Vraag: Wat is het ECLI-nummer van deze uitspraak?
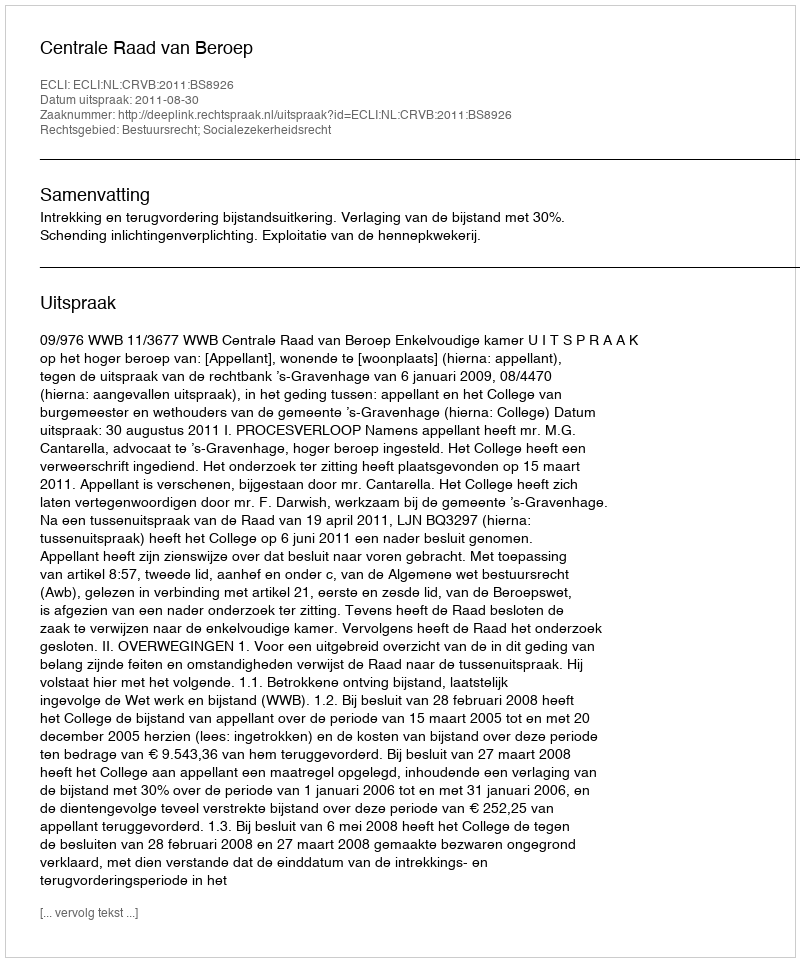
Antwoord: ECLI:NL:CRVB:2011:BS8926